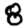
Digit: 8